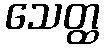
သေတ္ထ